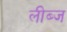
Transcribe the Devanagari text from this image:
लीब्ज